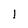
Character: I